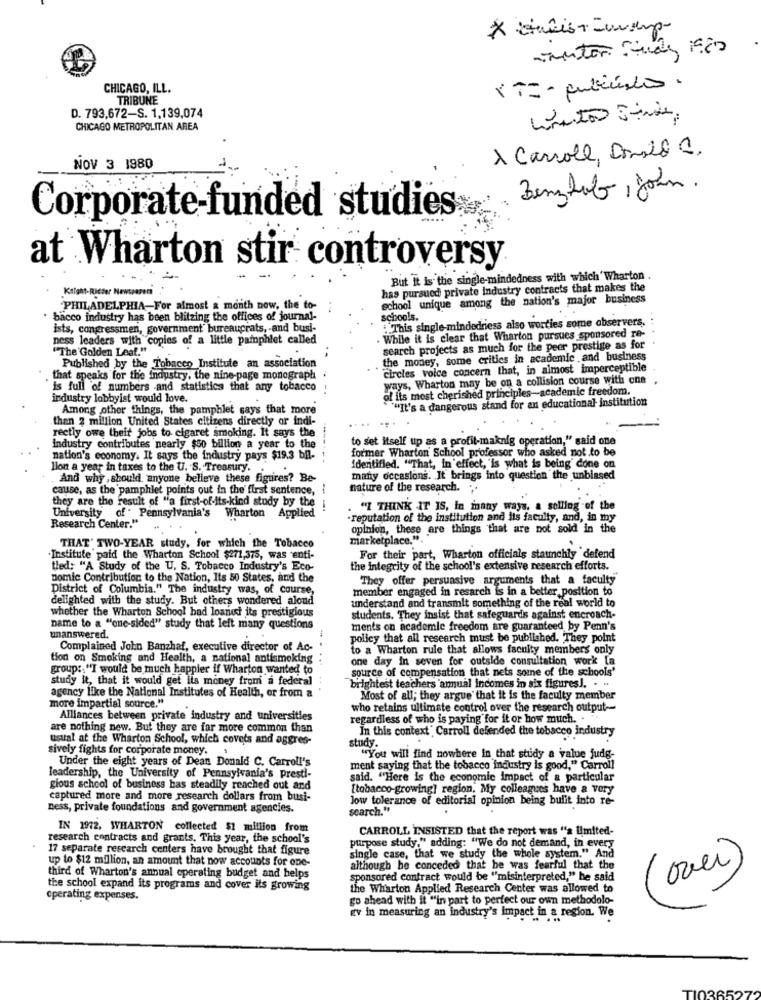
CHICAGO, ILL.
TRIBUNE
D. 793,672-S. 1,139,074
CHICAGO METROPOLITAN AREA
1 Carroll, Donald .
NOV 3 1980
Benzheb, john.
Corporate-funded studies
at Wharton stir controversy
But It is the single-mindedness with which' Wharton
Knight-Ritter Newspaper
has pursued private industry contracts that makes the
echool unique among the nation's major business
PHILADELPHIA-For almost a month now, the to-
bacco industry has been blitzing the offices of journal-
schools.
:This single-mindedriess also worries some observers.
ists, congressmen, government' bureaucrats, - and busi-
ness leaders with copies of a little pamphlet called
While it is clear that Wharton pursues sponsored re-
"The Golden Leaf."
search projects as much for the peer prestige as for
the money, some critics in academic and business
Published by the Tobacco Institute an association
circles voice concern that, in almost imperceptible
that speaks for the industry, the nine-page monograph
ways, Wharton may be on a collision course with one
is full of numbers and statistics that any tobacco
of its most cherished principles-academic freedom.
industry lobbyist would love.
""It's a dangerous stand for an educational institution
Among other things, the pamphlet says that more
then 2 million United States citizens directly or indi-
rectly owe their jobs to cigaret smoking. It says the
to set itself up as a profit-maknig operation," said one
Industry contributes nearly $50 billion a year to the
former Wharton School professor who asked not to be
nation's economy. It says the industry pays $19.3 bil-
lion a year in taxes to the U. S. Treasury. .
identified. "That, in effect, "is what is being done on
And why , should anyone believe these figures? Be-
many occasions. It brings into question the unbiased
cause, as the pamphlet points out in the first sentence,
nature of the research. ..
they are the result of "a first-of-its-kind study by the
University of Pennsylvania's
"I THINK IT IS, in many ways, a selling of the
Wharton Applied
-reputation of the institution and Its faculty, and, in my
Research Center."
opinion, these are things that are not sold in the
marketplace.".
THAT' TWO-YEAR study, for which the Tobacco
Institute paid the Wharton School $271,375, was enti-
For their part, Wharton officials staunchly defend
tled: "A Study of the U. S. Tobacco Industry's Eco-
the integrity of the school's extensive research efforts.
nomic Contribution to the Nation, Its 50 States, and the
They offer persuasive arguments that a faculty
District of Columbia." The industry was, of course,
member engaged in resarch is in a better position to
delighted with the study. But others wondered aloud
understand and transmit something of the real world to
whether the Wharton School had loanet its prestigious
students. They insist that safeguards against encroach-
name to a "one-sided" study that left many questions
ments on academie freedom are guaranteed by Penn's
unanswered.
policy that all research must be published. They point
Complained John Banzhaf, executive director of Ac-
to a Wharton rule that allows faculty members only
tion on Smoking and Health, a national antismoking
one day In seven for outside consultation work La
groups:"I would be much happier if Wharton wanted to
source of compensation that nets some of the schools'
study it, that it would gef lis money from a federal
brightest teachers 'anual incomes in six figures !. . ..
agency like the National Institutes of Health, or from a
Most of all; they argue that it is the faculty member
more impartial source."
who retains ultimate control over the research output-
Alliances between private industry and universities
regardless of who is paying for it or how much. .
are nothing new. But they are far more common than
In this context" Carroll defended the tobacco industry
ustal at the Wharton School, which covers and aggres-
study.
sively fights for corporate money. .
Under the eight years of Dean Donald C. Carroll's
"You will find nowhere in that study a value judg.
ment saying that the tobacco industry is good," Carroll
leadership, the University of Pennsylvania's Presti-
said. "Here is the economic impact of a particular
gious school of business has steadily reached out and
[tobacco-growing] region. My colleagues have a very
captured more and more research dollars from busi-
low tolerance of editorial opinion being bulit into re-
ness, private foundations and government agencies.
search.""
IN 1972. WHARTON collected $1 million from
CARROLL INSISTED that the report was "a Limited-
research contracts and grants. This year, the school's
17 separate research centers have brought that figure
purpose study." adding: "We do not demand, in every
up to $12 million, an amount that now accounts for one-
single case, that we study the whole system." And
although be conceded that he was fearful that the
over
third of Wharton's annual operating budget and helps
sponsored contract would be "misinterpreted," he said
the school expand its programs and cover its growing
the Wharton Applied Research Center was allowed to
operating expenses.
go ahead with it "in part to perfect our own methodolo-
gv in measuring an industry's impact in a region. We
10365